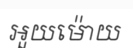
អួយម៉ោយ